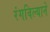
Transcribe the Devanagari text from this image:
रंगविल्याने